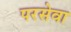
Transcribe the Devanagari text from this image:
परसेवा